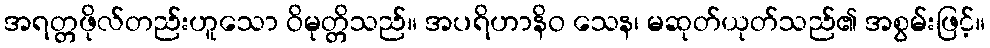
အရတ္တဖိုလ်တည်းဟူသော ဝိမုတ္တိသည်။ အပရိဟာနိဝ သေန၊ မဆုတ်ယုတ်သည်၏ အစွမ်းဖြင့်။